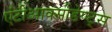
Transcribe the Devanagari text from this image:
एंटीआक्सीडेण्ट्स